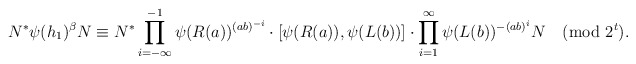
\begin{align*}N^*\psi(h_1)^\beta N \equiv N^* \prod_{i=-\infty}^{-1} \psi(R(a))^{(ab)^{-i}} \cdot \left[\psi(R(a)),\psi(L(b))\right] \cdot \prod_{i=1}^\infty \psi(L(b))^{-(ab)^i} N \pmod{2^{t}}.\end{align*}